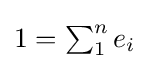
\textstyle {1=\sum _{1}^{n}e_{i}}